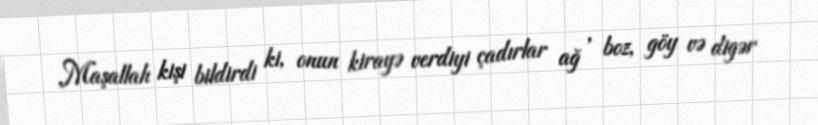
Maşallah kişi bildirdi ki, onun kirayə verdiyi çadırlar ağ , boz, göy və digər